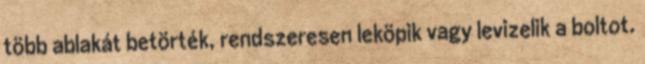
több ablakát betörték, rendszeresen leköpik vagy levizelik a boltot.